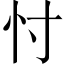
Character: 忖